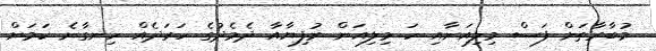
މުބާރާތަށް ފަސް މިލިއަނާއި ހަ މިލިއަން ރުފިޔާއާ ދެމެދުގެ ހަރަދެއް ހިނގާނެ ކަމަށް